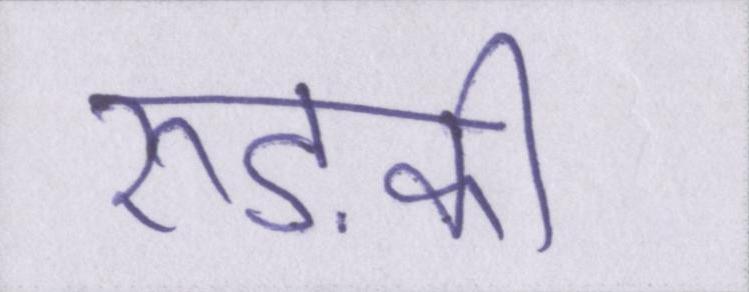
रुड़की